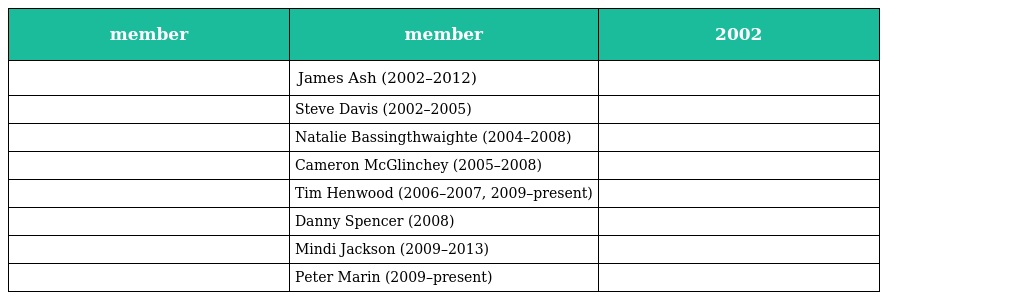
| member | member | 2002 |
 | --- | --- | --- |
 |  | James Ash (2002–2012) |  |
 |  | Steve Davis (2002–2005) |  |
 |  | Natalie Bassingthwaighte (2004–2008) |  |
 |  | Cameron McGlinchey (2005–2008) |  |
 |  | Tim Henwood (2006–2007, 2009–present) |  |
 |  | Danny Spencer (2008) |  |
 |  | Mindi Jackson (2009–2013) |  |
 |  | Peter Marin (2009–present) |  |